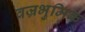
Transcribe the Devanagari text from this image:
वज्रभुमिक